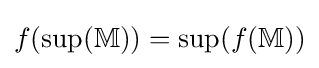
f(\sup(\mathbb {M} ))=\sup(f(\mathbb {M} ))